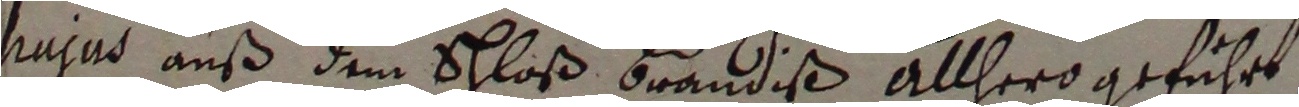
Mjus auß dem schloß braudiß allhero geführt